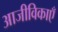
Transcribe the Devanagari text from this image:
आजीविकाएँ